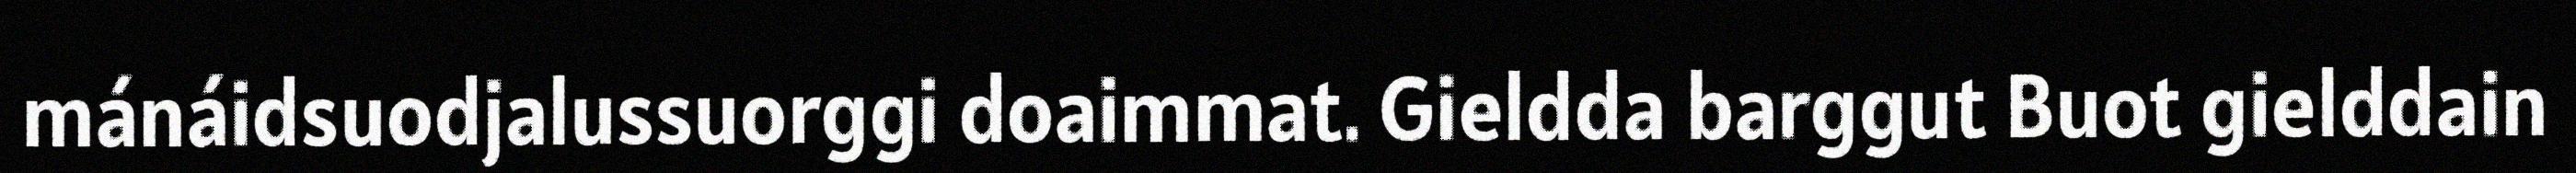
mánáidsuodjalussuorggi doaimmat. Gieldda barggut Buot gielddain